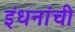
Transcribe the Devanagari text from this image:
इंधनांची